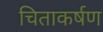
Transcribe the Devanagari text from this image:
चिताकर्षण